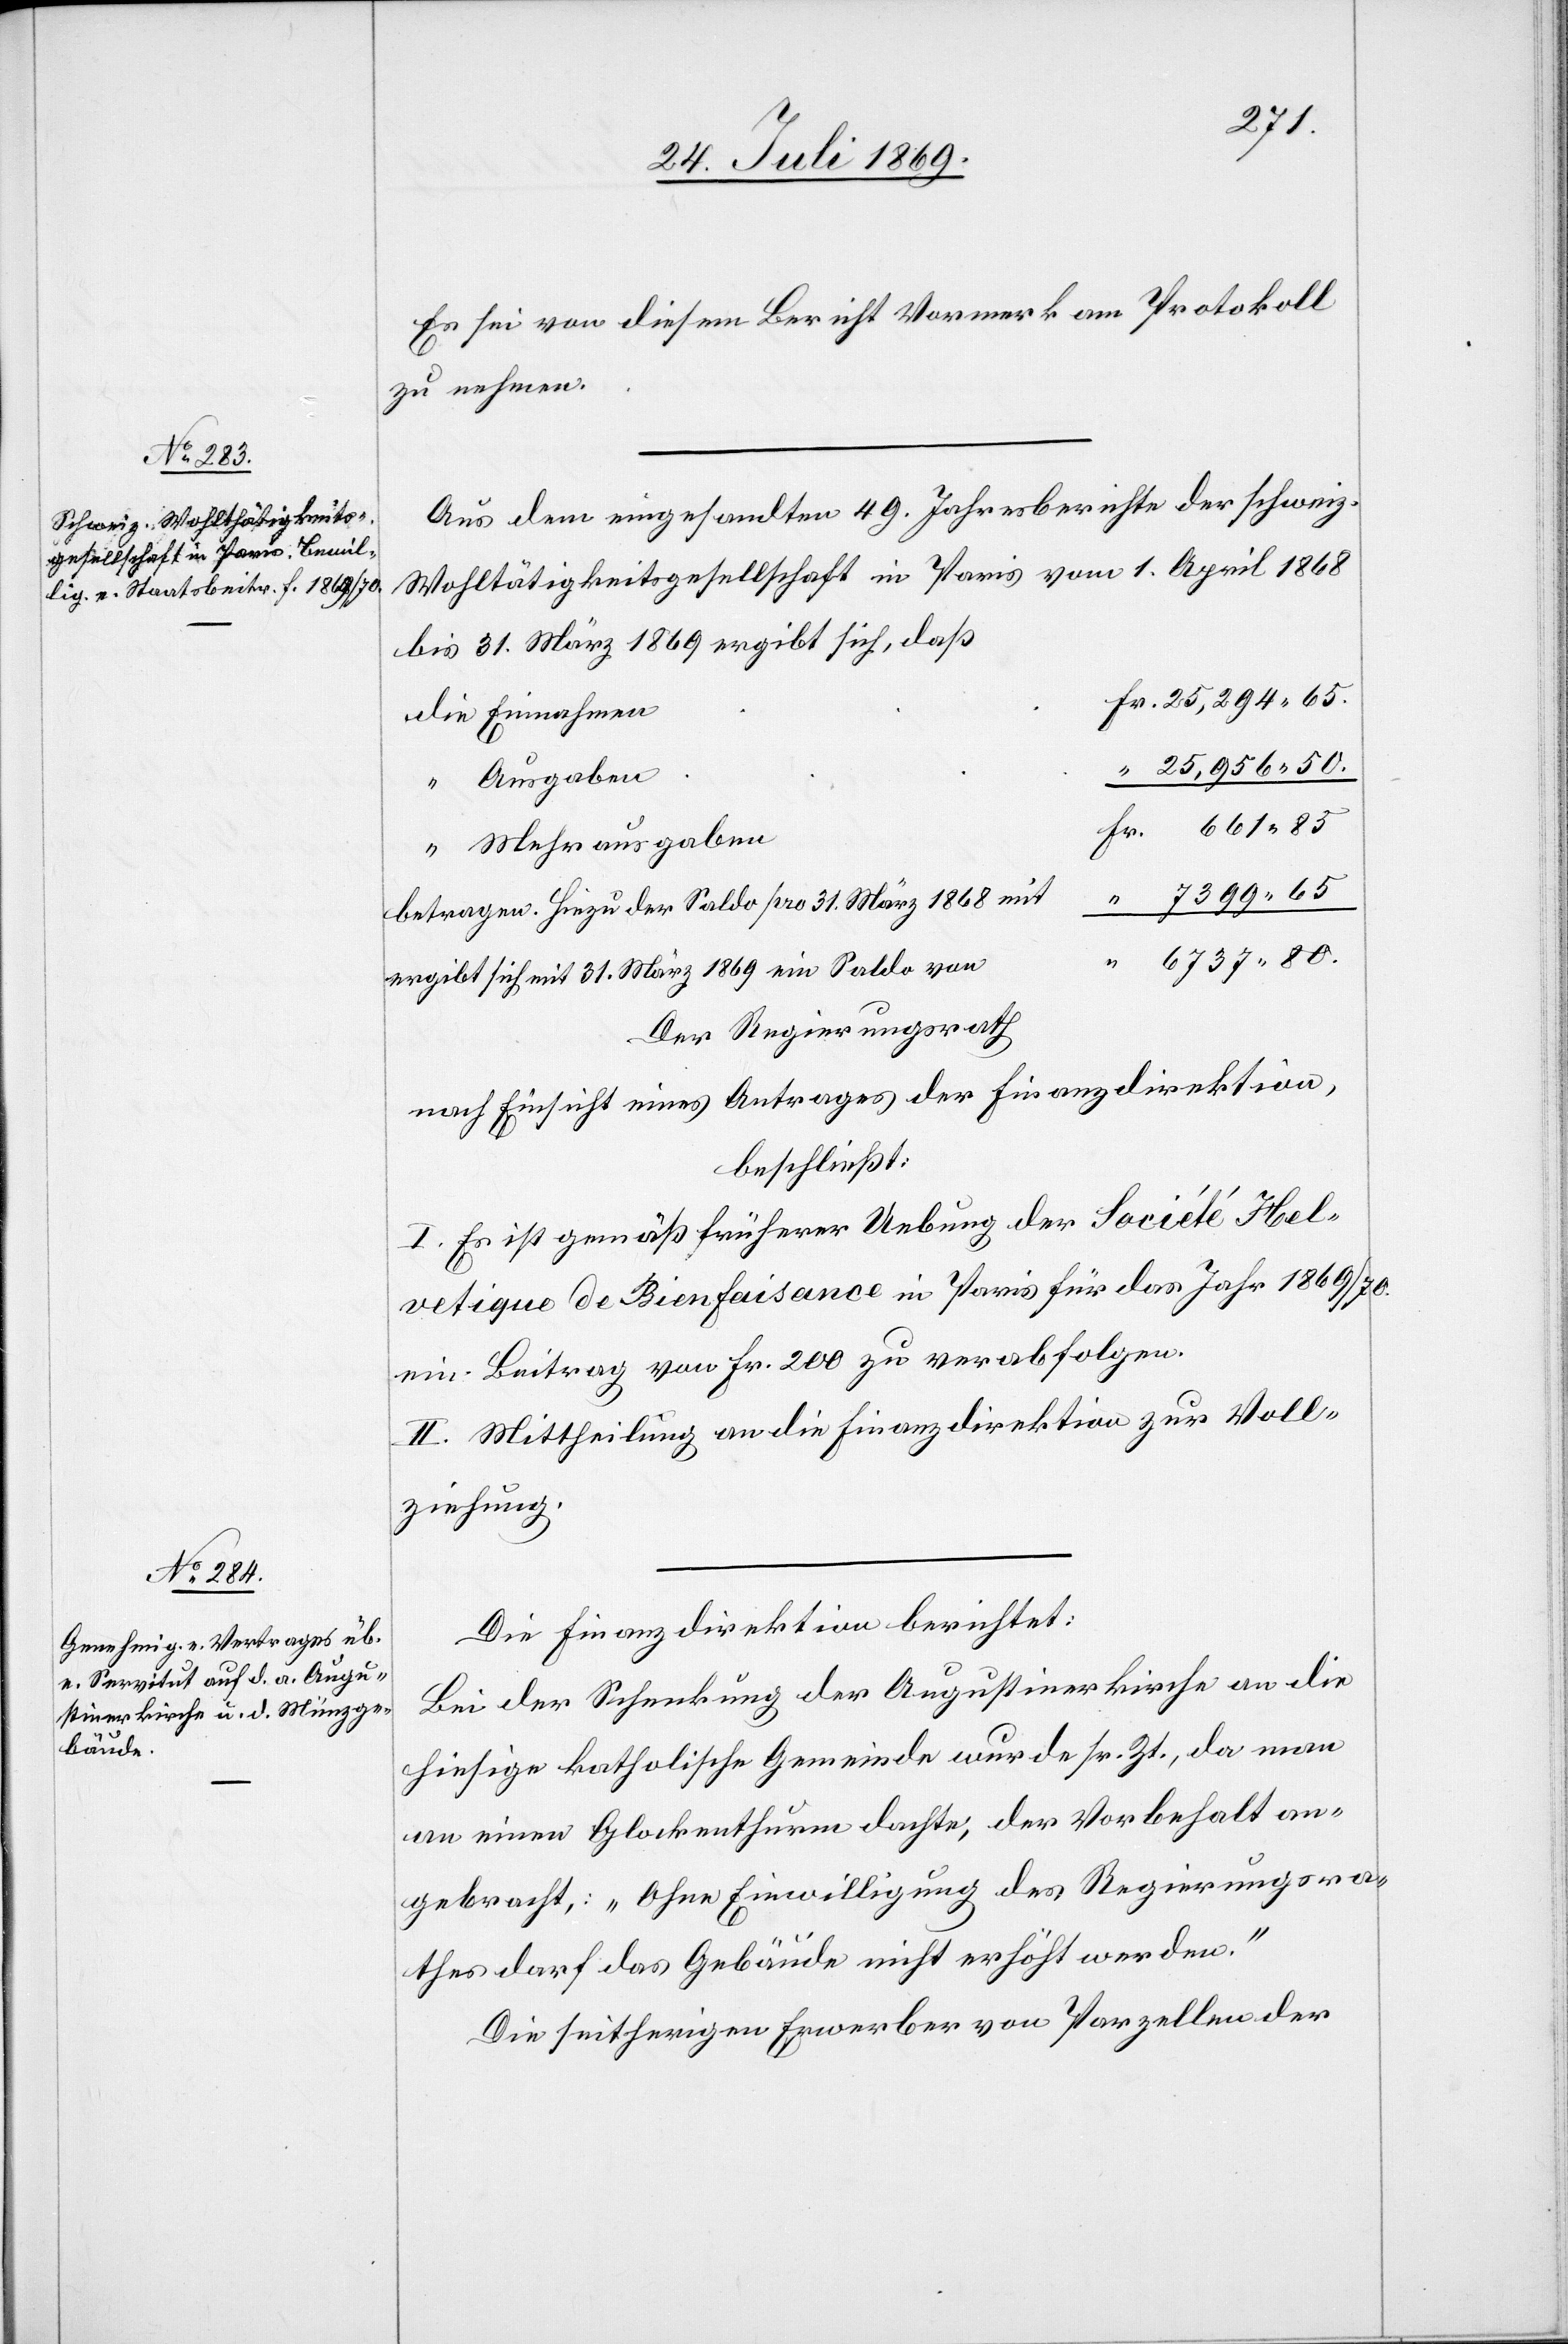
Es sei von diesem Bericht Vormerk am Protokoll
zu nehmen.
Aus dem eingesandten 49 Jahresberichte der schweiz.
Wohlthätigkeitsgesellschaft in Paris vom 1 April 1868
bis 31 März 1869 ergibt sich, daß
betragen. Hinzu der Saldo pro 31 März 1868 mit
ergibt sich mit 31 März 1869 ein Saldo
Der Regierungsrath
nach Einsicht eines Antrages der Finanzdirektion,
beschließt:
I. Es ist gemäß früherer Uebung der Societé Hel¬
vetique de Bienfaisance in Paris für das Jahr 1869/70.
ein Beitrag von Fr. 200 zu verabfolgen.
II. Mittheilung an die Finanzdirektion zur Voll¬
ziehung.
Die Finanzdirektion berichtet:
Bei der Schenkung der Augustinerkirche an die
hiesige katholische Gemeinde wurde sr. Zt., da man
an einen Glockenthurm dachte, der Vorbehalt an¬
gebracht: „Ohne Einwilligung des Regierungsra¬
thes darf das Gebäude nicht erhöht werden.“
Die seitherigen Erwerber von Parzellen der